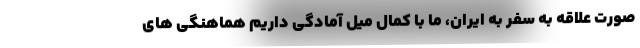
صورت علاقه به سفر به ایران، ما با کمال میل آمادگی داریم هماهنگی های